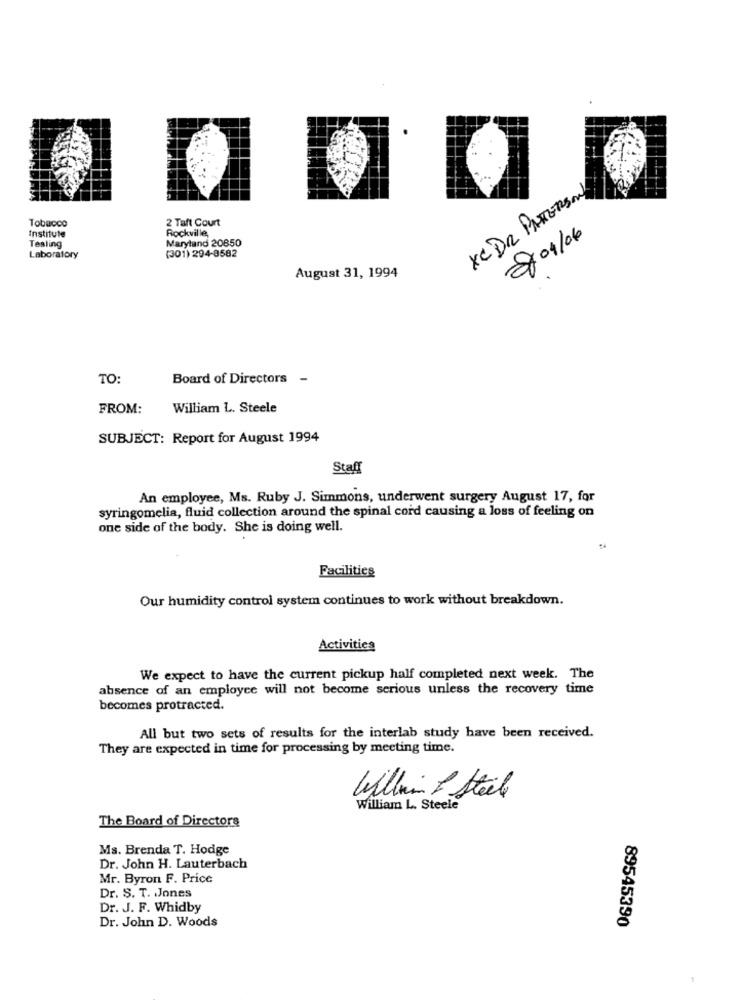
XC DR PATTERSON
Tobacco
2 Taft Court
Institute
Rockville,
8/01/06
Maryland 20850
Testing
Laboratory
(301) 294-9582
August 31, 1994
TO:
Board of Directors -
FROM:
William L. Steele
SUBJECT: Report for August 1994
Staff
An employee, Ms. Ruby J. Simmons, underwent surgery August 17, for
syringomelia, fluid collection around the spinal cord causing a loss of feeling on
one side of the body. She is doing well.
Facilities
Our humidity control system continues to work without breakdown.
Activities
We expect to have the current pickup half completed next week. The
absence of an employee will not become serious unless the recovery time
becomes protracted.
All but two sets of results for the interlab study have been received.
They are expected in time for processing by meeting time.
Willin & Steile
William L. Steele
The Board of Directors
Ms. Brenda T. Hodge
Dr. John H. Lauterbach
Mr. Byron F. Price
Dr. S. T. Jones
Dr. J. F. Whidby
89545390
Dr. John D. Woods